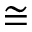
\cong